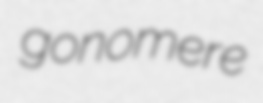
gonomere